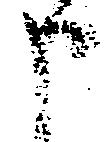
申